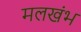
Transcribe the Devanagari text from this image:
मलखंभ